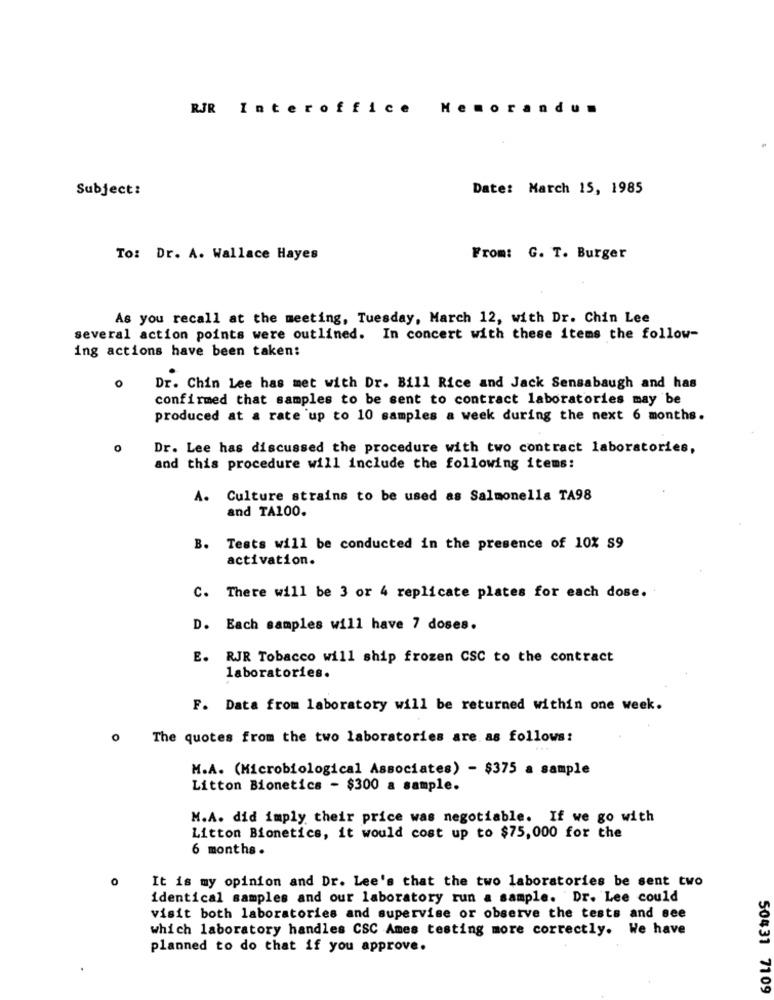
RJR Interoffice
Memorandu
Subject:
Date: March 15, 1985
To: Dr. A. Wallace Hayes
From: G. T. Burger
As you recall at the meeting, Tuesday, March 12, with Dr. Chin Lee
several action points were outlined. In concert with these items the follow-
ing actions have been taken:
o
Dr. Chin Lee has met with Dr. Bill Rice and Jack Sensabaugh and has
confirmed that samples to be sent to contract laboratories may be
produced at a rate up to 10 samples a week during the next 6 months.
0
Dr. Lee has discussed the procedure with two contract laboratories,
and this procedure will include the following items:
A. Culture strains to be used as Salmonella TA98
and TA100.
B. Tests will be conducted in the presence of 10% S9
activation.
C. There will be 3 or 4 replicate plates for each dose.
D. Each samples will have 7 doses.
E. RJR Tobacco will ship frozen CSC to the contract
laboratories.
F. Data from laboratory will be returned within one week.
0
The quotes from the two laboratories are as follows:
M.A. (Microbiological Associates) - $375 a sample
Litton Bionetics - $300 a sample.
M.A. did imply their price was negotiable. If we go with
Litton Bionetics, it would cost up to $75,000 for the
6 months.
0
It is my opinion and Dr. Lee's that the two laboratories be sent two
identical samples and our laboratory run a sample. Dr. Lee could
visit both laboratories and supervise or observe the tests and see
which laboratory handles CSC Ames testing more correctly. We have
planned to do that if you approve.
50431 7109